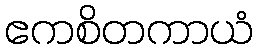
ဧကစိတကာယံ